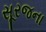
સૂરજના